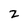
Character: Z